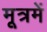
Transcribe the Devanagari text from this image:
मूत्रमें